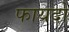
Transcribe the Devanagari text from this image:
फायदो